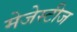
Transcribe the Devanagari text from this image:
मेजेस्टीज